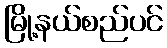
မြို့နယ်စည်ပင်